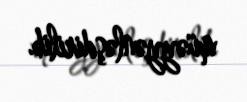
müəyyənləşdirilib.